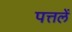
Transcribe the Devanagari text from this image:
पत्तलें